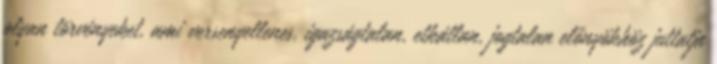
olyan törvényeket, ami versenyellenes, igazságtalan, etkátlan, jogtalan előnyökhöz juttatja